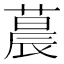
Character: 𬞀